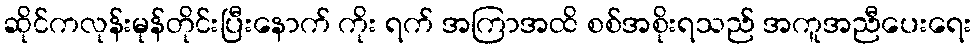
ဆိုင်ကလုန်းမုန်တိုင်းပြီးနောက် ကိုး ရက် အကြာအထိ စစ်အစိုးရသည် အကူအညီပေးရေး